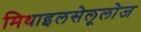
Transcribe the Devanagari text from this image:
मिथाइलसेलूलोज